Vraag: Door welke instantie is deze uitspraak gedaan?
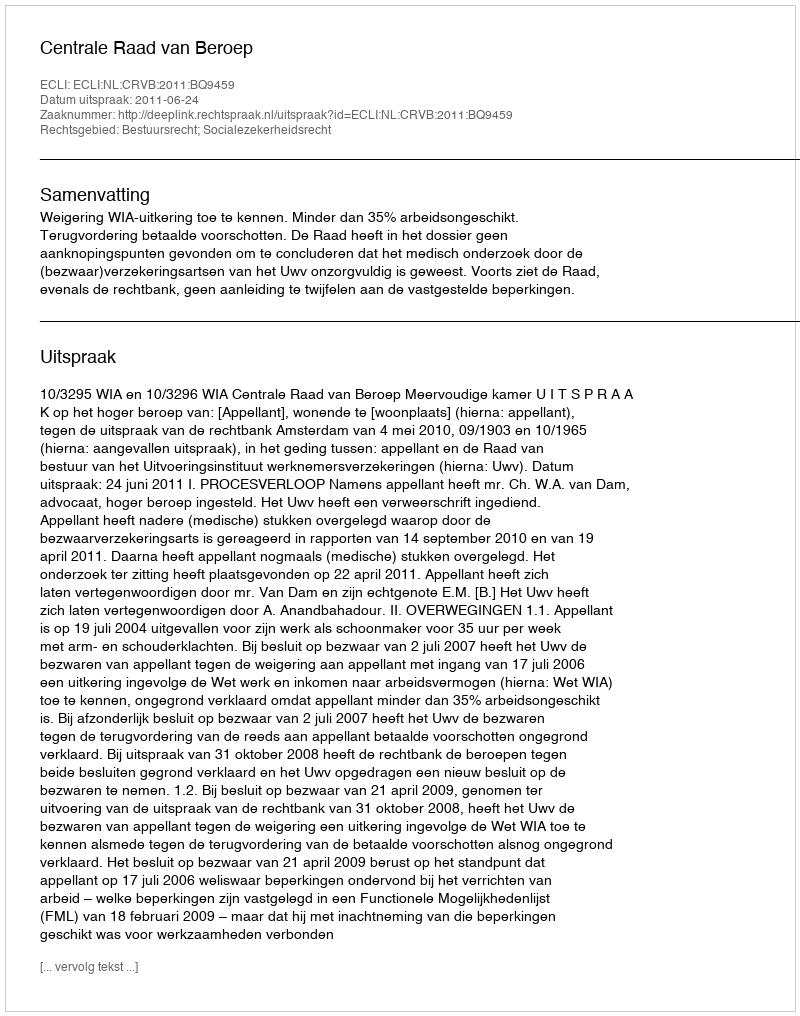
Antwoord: Centrale Raad van Beroep